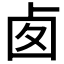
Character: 𠧧